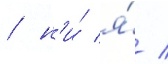
/ н'и́ я́ /